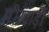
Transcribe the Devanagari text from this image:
मीरवाड़ी